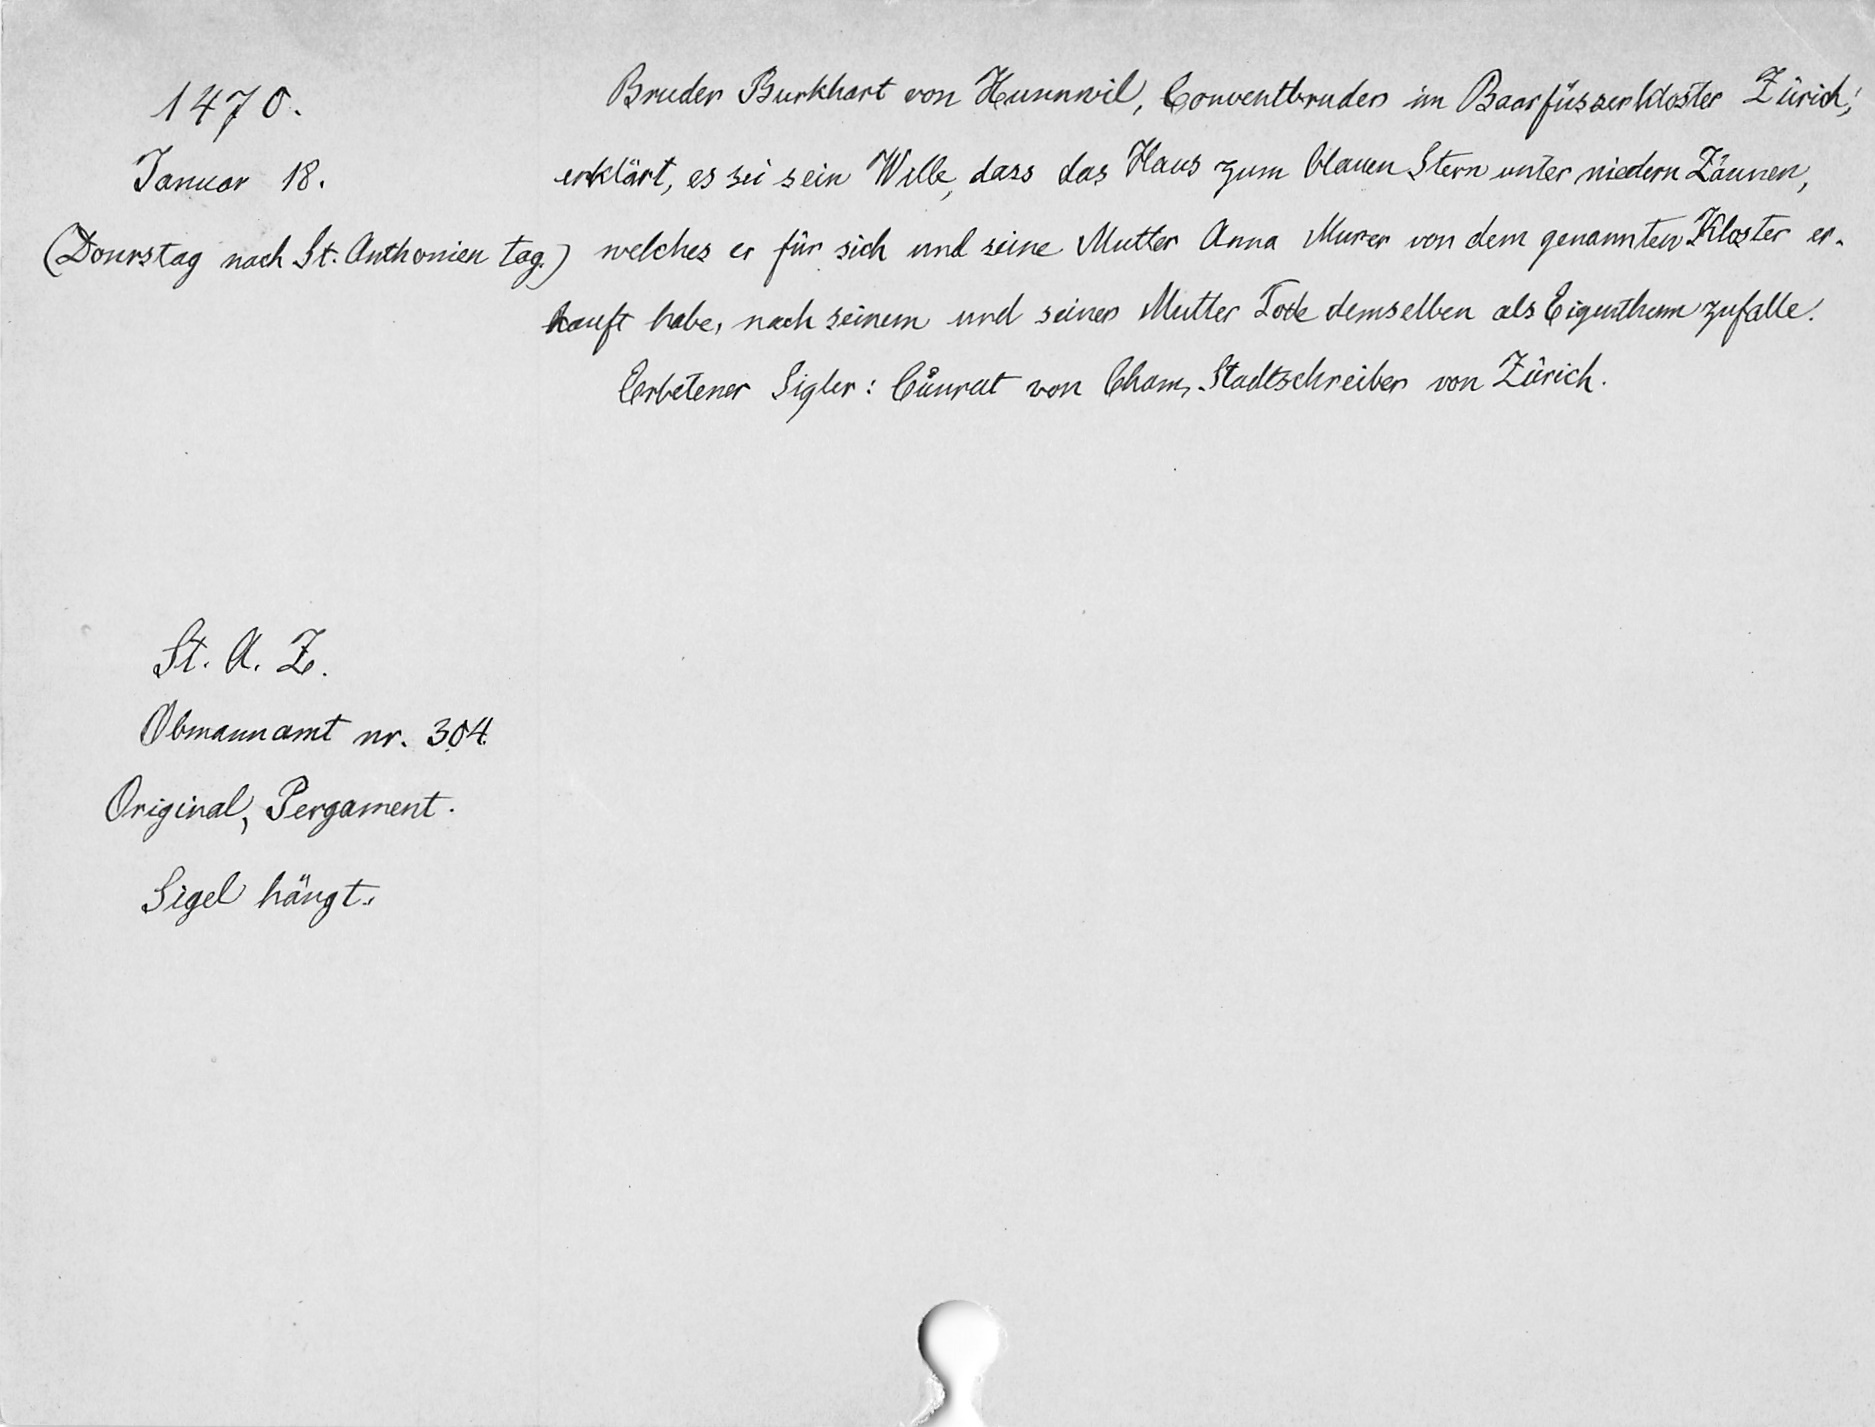
Bruder Burkhart von Hunnwil, Conventbruder im Baarfüsserkloster Zürich,
1470.
erklärt, es sei sein Wille, dass das Haus zum blauen Stern unter niedern Zäunen,
Januar 18.
welches er für sich und seine Mutter Anna Murer von dem genannten Kloster er¬
(Donrstag nach St. Anthonien tag.)
kauft habe, nach seinem und seiner Mutter Tode demselben als Eigenthum zufalle.
Erbetener Sigler: Cuͦnrat von Cham, Stadtschreiber von Zürich.
St. A. Z.
Obmannamt nr. 304.
Original, Pergament.
Sigel hängt.